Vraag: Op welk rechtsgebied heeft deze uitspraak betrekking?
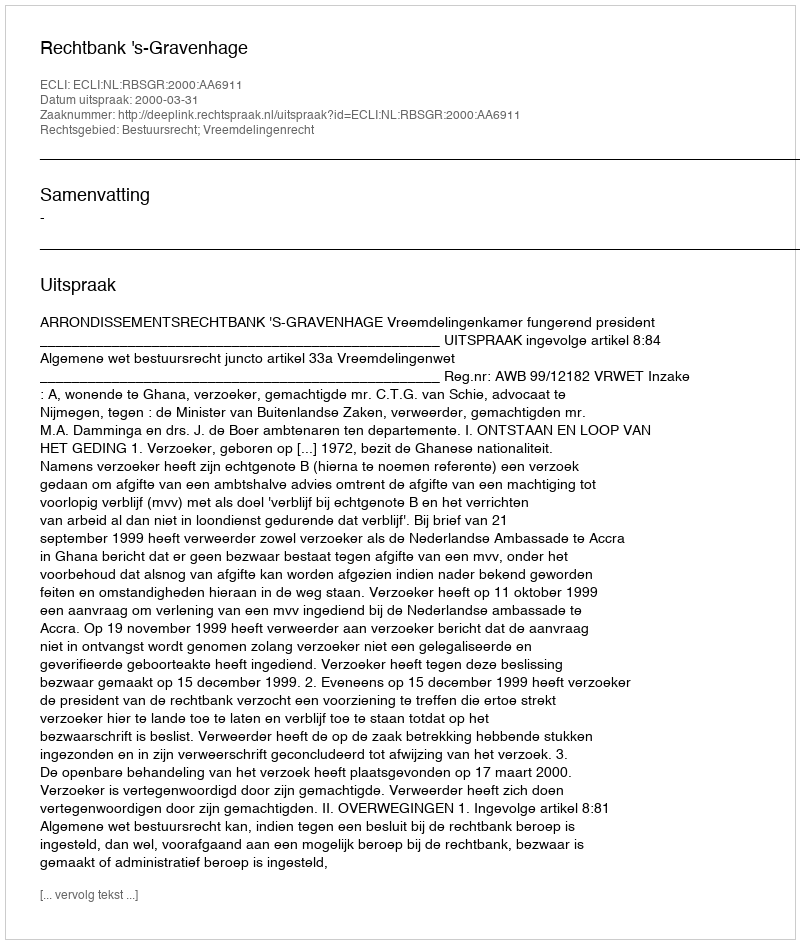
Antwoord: Bestuursrecht; Vreemdelingenrecht